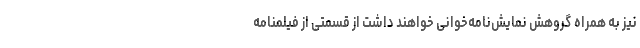
نیز به همراه گروهش نمایش‌نامه‌خوانی خواهند داشت از قسمتی از فیلمنامه